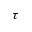
\tau